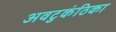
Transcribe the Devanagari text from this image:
अवटुकंठिका